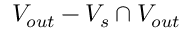
V _ { o u t } - V _ { s } \cap V _ { o u t }